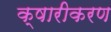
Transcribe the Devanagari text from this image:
क्षारीकरण